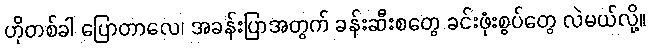
ဟိုတစ်ခါ ပြောတာလေ၊ အခန်းပြာအတွက် ခန်းဆီးစတွေ ခင်းဖုံးစွပ်တွေ လဲမယ်လို့။